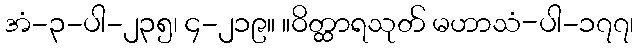
အံ-၃-ပါ-၂၃၅၊ ၄-၂၁၉။ ။ဝိတ္ထာရသုတ် မဟာသံ-ပါ-၁၇၇၊